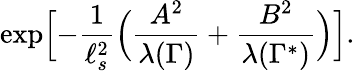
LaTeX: \exp\Bigl[-{\frac{1}{\ell_{s}^{2}}}\Bigl({\frac{A^{2}}{\lambda(\Gamma)}}+{\frac{B^{2}}{\lambda(\Gamma^{*})}}\Bigr)\Bigr].